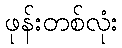
ဖုန်းတစ်လုံး